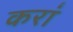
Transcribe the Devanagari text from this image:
करां